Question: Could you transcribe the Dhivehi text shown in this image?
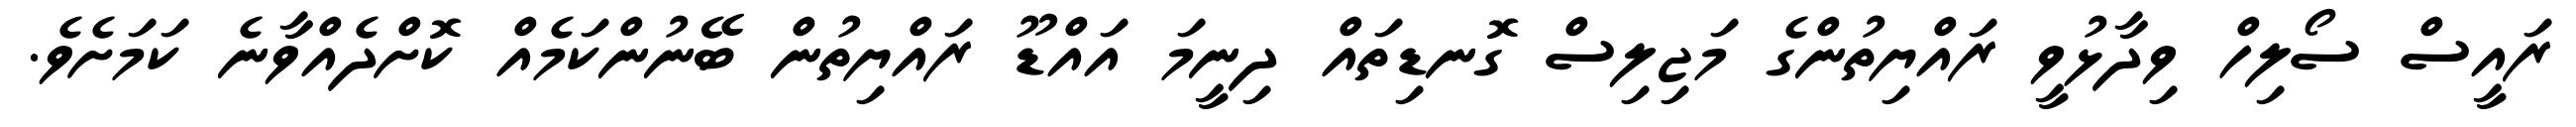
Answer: ރައީސް ސޯލިހް ވިދާޅުވީ ރައްޔިތުންގެ މަޖިލިސް ގޮނޑިތައް ދިނީމަ އައްޑޫ ރައްޔިތުން ބޭނުންކަމެއް ކޮށްދެއްވާނެ ކަމަށެވެ.